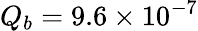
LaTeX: Q_{b}=9.6\times 10^{-7}